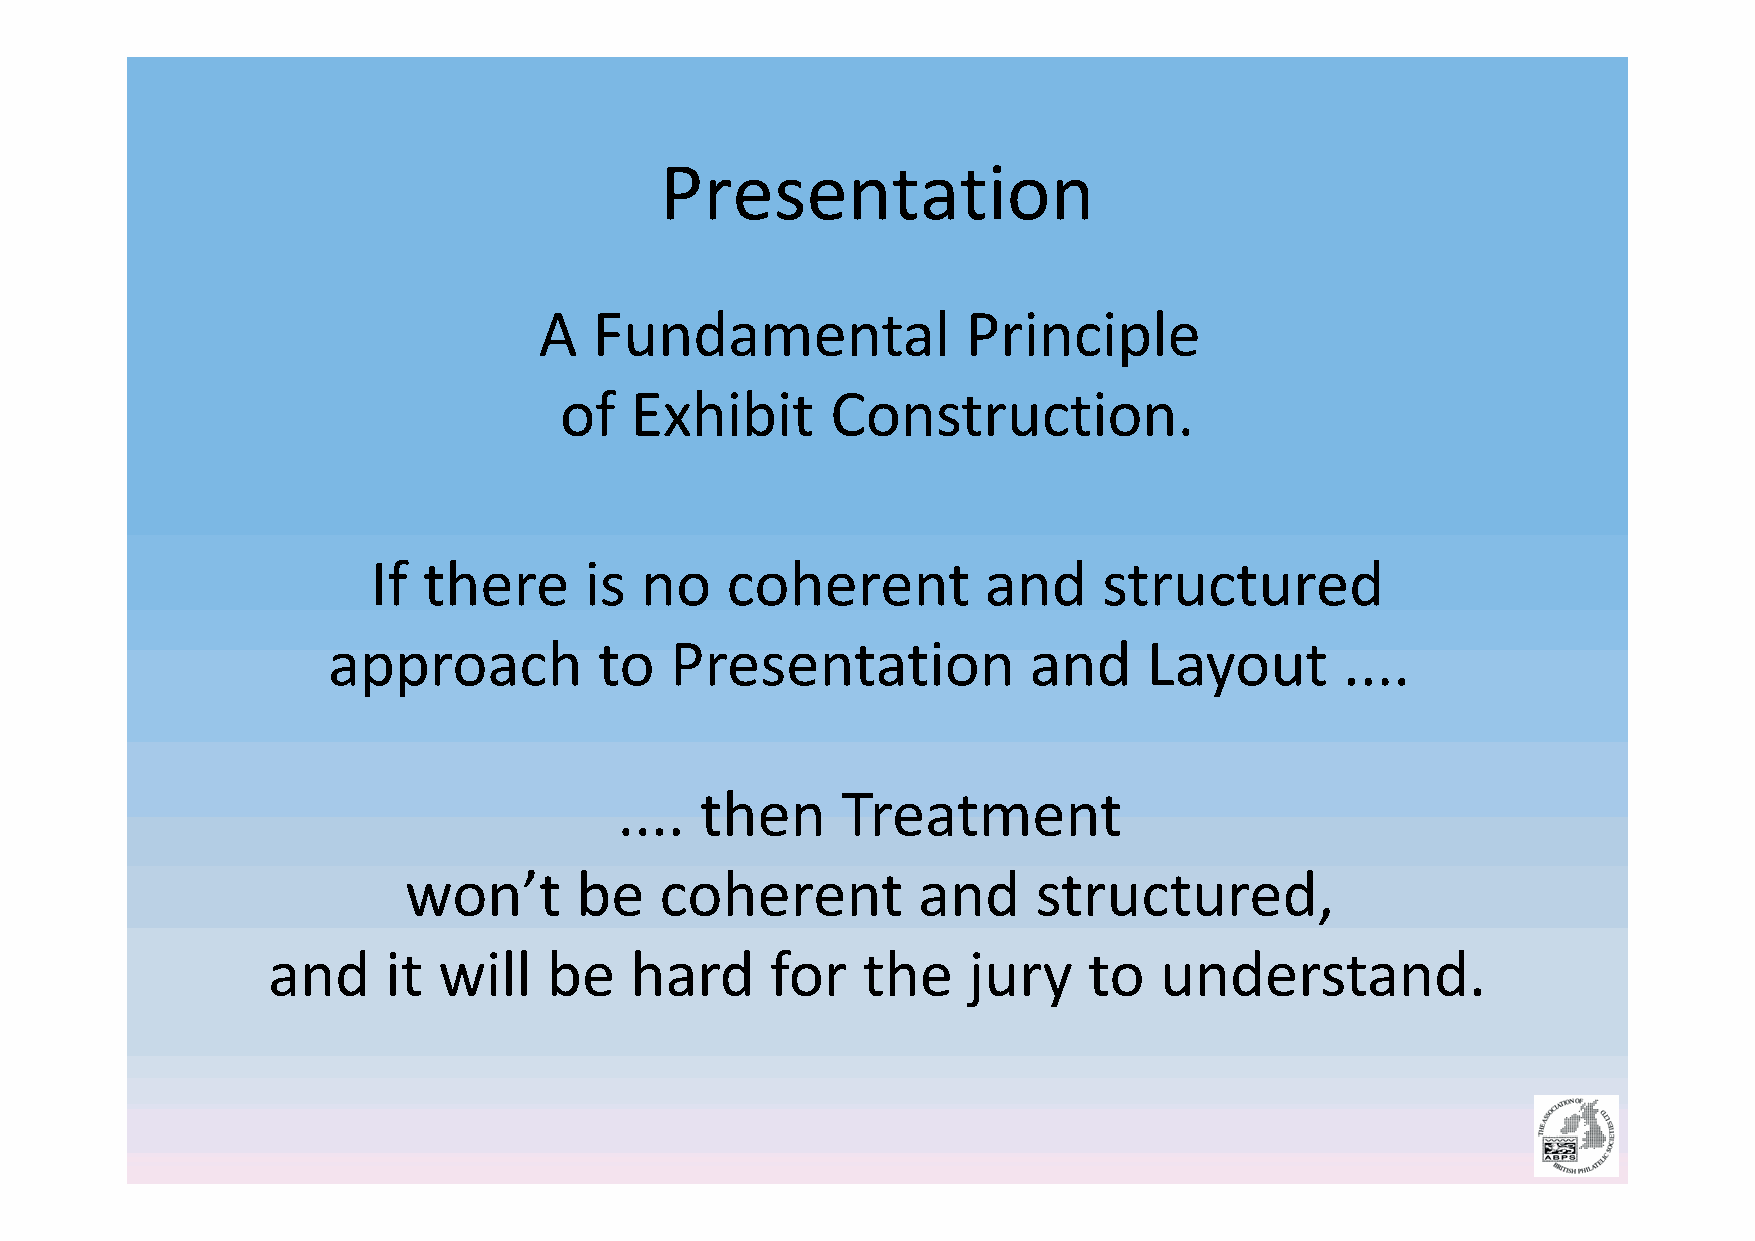
Presentation
 A  Fundamental              Principle
 of   Exhibit      Construction.
 If there      is no    coherent         and     structured
 approach          to  Presentation            and     Layout       ....
 .... then      Treatment
 won’t      be    coherent         and     structured,
 and     it will   be    hard     for   the    jury    to   understand.